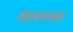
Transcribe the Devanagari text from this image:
लायनच्या